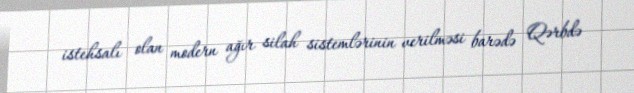
istehsalı olan modern ağır silah sistemlərinin verilməsi barədə Qərbdə